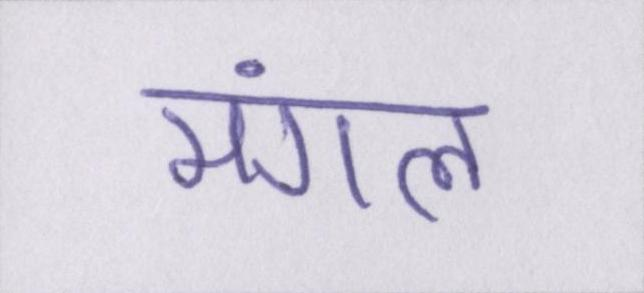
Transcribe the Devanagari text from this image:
मंगल